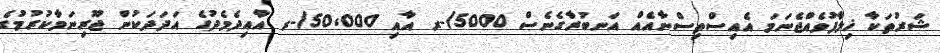
ޝަރުތަކާ ޚިލާފުވެއްޖެނަމަ އެއިސްތިސްނާއެއް އަނބުރާގެނެސް 5000/-ރ އާއި 50